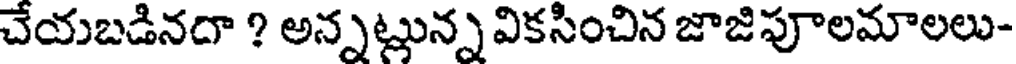
చేయబడినదా ? అన్నట్లున్న వికసించిన జాజిపూలమాలలు-